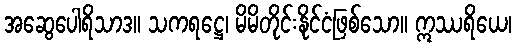
အဆွေပေါရိသာဒ။ သကရဋ္ဌေ၊ မိမိတိုင်းနိုင်ငံဖြစ်သော။ ဣဿရိယေ၊